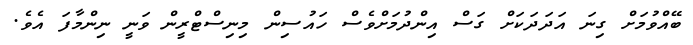
ބޭއްވުމަށް ގިނަ އަދަދަކަށް ގަސް އިންދުމަށްވެސް ހައުސިން މިނިސްޓްރީން ވަނީ ނިންމާފަ އެވެ.